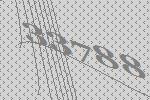
33788